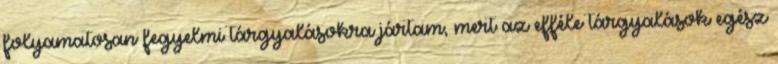
folyamatosan fegyelmi tárgyalásokra jártam, mert az efféle tárgyalások egész